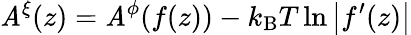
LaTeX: \mathit{A}^{\xi}(z)=\mathit{A}^{\phi}(f(z))-k_{\mathrm{{B}}}T\ln\left|f^{\prime}(z)\right|